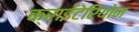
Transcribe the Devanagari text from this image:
क्राईटेरियोन